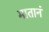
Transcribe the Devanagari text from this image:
मातानं